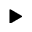
\blacktriangleright